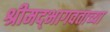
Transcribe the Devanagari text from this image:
श्रीमद्‍भागवताच्या